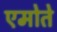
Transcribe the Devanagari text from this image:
एमोते